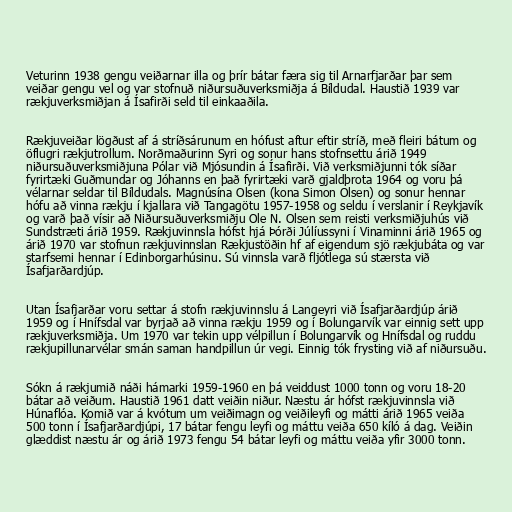
Veturinn 1938 gengu veiðarnar illa og þrír bátar færa sig til Arnarfjarðar þar sem
veiðar gengu vel og var stofnuð niðursuðuverksmiðja á Bíldudal. Haustið 1939 var
rækjuverksmiðjan á Ísafirði seld til einkaaðila.

Rækjuveiðar lögðust af á stríðsárunum en hófust aftur eftir stríð, með fleiri bátum og
öflugri rækjutrollum. Norðmaðurinn Syri og sonur hans stofnsettu árið 1949
niðursuðuverksmiðjuna Pólar við Mjósundin á Ísafirði. Við verksmiðjunni tók síðar
fyrirtæki Guðmundar og Jóhanns en það fyrirtæki varð gjaldþrota 1964 og voru þá
vélarnar seldar til Bíldudals. Magnúsína Olsen (kona Simon Olsen) og sonur hennar
hófu að vinna rækju í kjallara við Tangagötu 1957-1958 og seldu í verslanir í Reykjavík
og varð það vísir að Niðursuðuverksmiðju Ole N. Olsen sem reisti verksmiðjuhús við
Sundstræti árið 1959. Rækjuvinnsla hófst hjá Þórði Júlíussyni í Vinaminni árið 1965 og
árið 1970 var stofnun rækjuvinnslan Rækjustöðin hf af eigendum sjö rækjubáta og var
starfsemi hennar í Edinborgarhúsinu. Sú vinnsla varð fljótlega sú stærsta við
Ísafjarðardjúp.

Utan Ísafjarðar voru settar á stofn rækjuvinnslu á Langeyri við Ísafjarðardjúp árið
1959 og í Hnífsdal var byrjað að vinna rækju 1959 og í Bolungarvík var einnig sett upp
rækjuverksmiðja. Um 1970 var tekin upp vélpillun í Bolungarvík og Hnífsdal og ruddu
rækjupillunarvélar smán saman handpillun úr vegi. Einnig tók frysting við af niðursuðu.

Sókn á rækjumið náði hámarki 1959-1960 en þá veiddust 1000 tonn og voru 18-20
bátar að veiðum. Haustið 1961 datt veiðin niður. Næstu ár hófst rækjuvinnsla við
Húnaflóa. Komið var á kvótum um veiðimagn og veiðileyfi og mátti árið 1965 veiða
500 tonn í Ísafjarðardjúpi, 17 bátar fengu leyfi og máttu veiða 650 kíló á dag. Veiðin
glæddist næstu ár og árið 1973 fengu 54 bátar leyfi og máttu veiða yfir 3000 tonn.